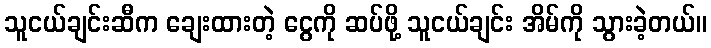
သူငယ်ချင်းဆီက ချေးထားတဲ့ ငွေကို ဆပ်ဖို့ သူငယ်ချင်း အိမ်ကို သွားခဲ့တယ်။